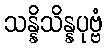
သန္နိသိန္နပုဗ္ဗံ